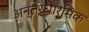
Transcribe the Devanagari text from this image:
अन्तर्धार्मिक